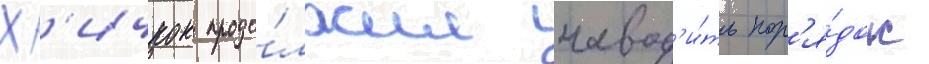
Х'ичкок продо́лжил навод'и́ть пор'я́док